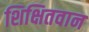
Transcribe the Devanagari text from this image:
शिक्षितवान